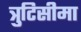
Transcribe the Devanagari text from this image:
त्रुटिसीमा